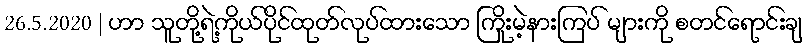
26.5.2020 | ဟာ သူတို့ရဲ့ကိုယ်ပိုင်ထုတ်လုပ်ထားသော ကြိုးမဲ့နားကြပ် များကို စတင်ရောင်းချ